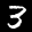
Label: 3